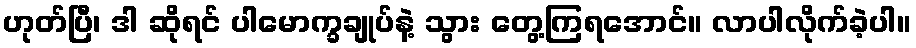
ဟုတ်ပြီ၊ ဒါ ဆိုရင် ပါမောက္ခချုပ်နဲ့ သွား တွေ့ကြရအောင်။ လာပါလိုက်ခဲ့ပါ။